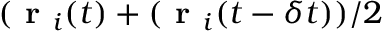
( \textbf { r } _ { i } ( t ) + ( \textbf { r } _ { i } ( t - \delta t ) ) / 2